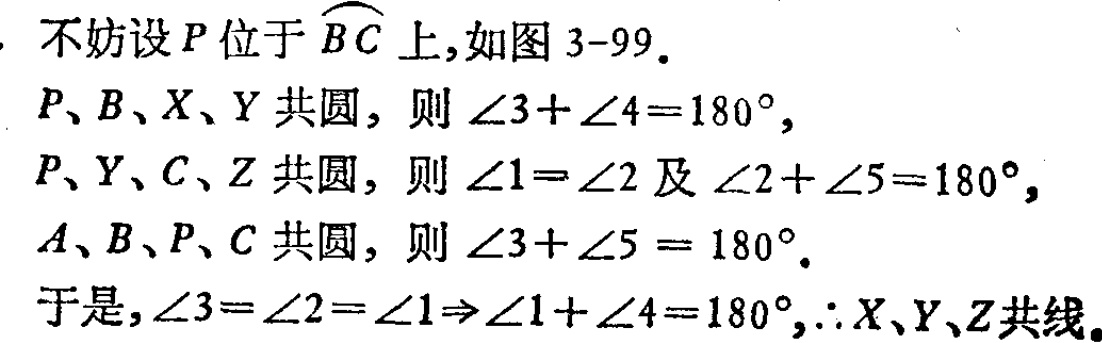
不妨设\(P\)位于\(\overset{\frown}{BC}\)上,如图 \(3 - 99\).
\(P、B、X、Y\)共圆，则\(\angle3+\angle4 = 180^{\circ}\),
\(P、Y、C、Z\)共圆，则\(\angle1=\angle2\)及\(\angle2+\angle5 = 180^{\circ}\),
\(A、B、P、C\)共圆，则\(\angle3+\angle5 = 180^{\circ}\).
于是,\(\angle3=\angle2=\angle1\Rightarrow\angle1+\angle4 = 180^{\circ},\therefore X、Y、Z\)共线.